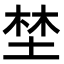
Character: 埜